Senior Leaving Certificate Examination (including Day School Certificate (Higher) General paper), 1949
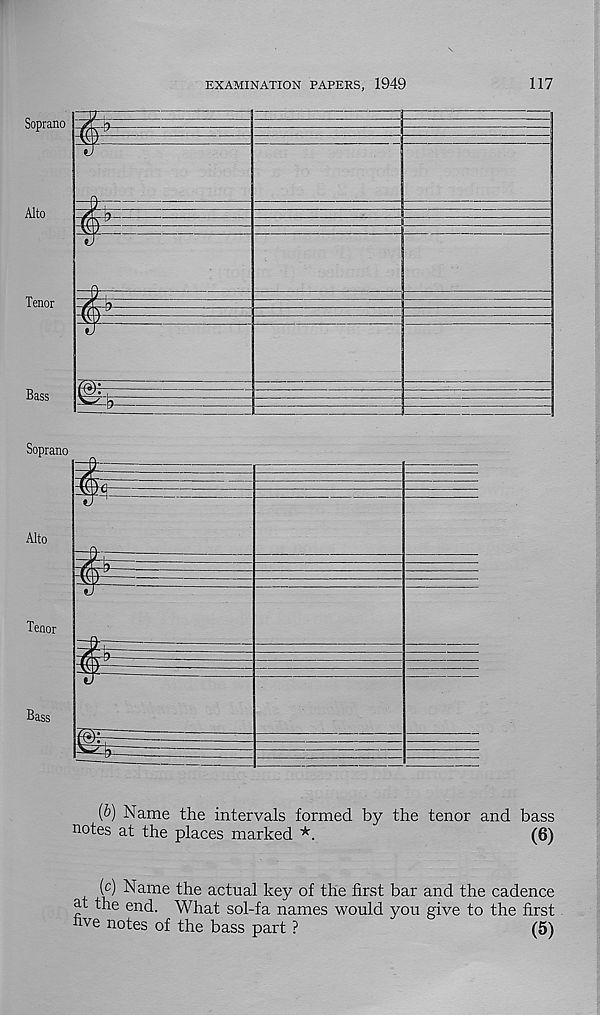
EXAMINATION PAPERS, 1949
117
Tenor
Bass
(&) Name the intervals formed by the tenor and bass
notes at the places marked *.
(6)
(c) Name the actual key of the first bar and the cadence
at the end. What sol-fa names would you give to the first
five notes of the bass part ?
(5)